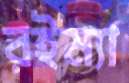
রইম্যা